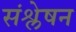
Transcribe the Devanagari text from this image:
संश्लेषन